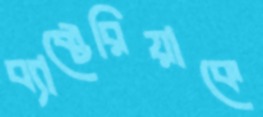
ব্যাক্টেরিয়াকে